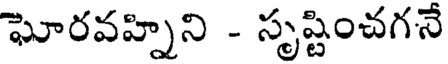
ఘోరవహ్నిని - సృష్టించగనే